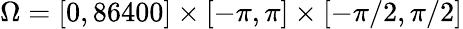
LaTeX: \Omega=[0,86400]\times[-\pi,\pi]\times[-\pi/2,\pi/2]